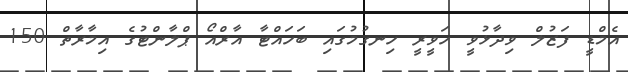
އެމްޑީ ފަޒުލް ވިދާޅުވީ ހަވީރީ ހިނގުމުގައި ބަހައްޓާ އާރްއޯ ޕްލާންޓުގެ އިމާރާތް 150